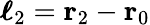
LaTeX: \boldsymbol{\ell}_{2}=\mathbf{r}_{2}-\mathbf{r}_{0}